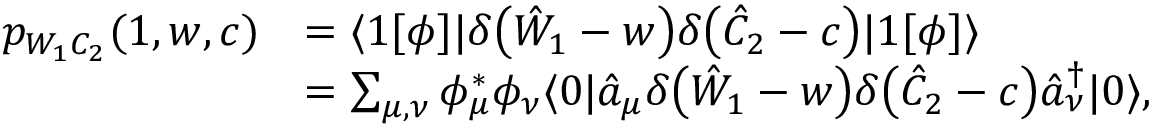
\begin{array} { r l } { p _ { W _ { 1 } C _ { 2 } } ( 1 , w , c ) } & { = \langle 1 [ \phi ] | \delta \bigl ( \hat { W } _ { 1 } - w \bigr ) \delta \bigl ( \hat { C } _ { 2 } - c \bigr ) | 1 [ \phi ] \rangle } \\ & { = \sum _ { \mu , \nu } \phi _ { \mu } ^ { * } \phi _ { \nu } \langle 0 | \hat { a } _ { \mu } \delta \bigl ( \hat { W } _ { 1 } - w \bigr ) \delta \bigl ( \hat { C } _ { 2 } - c \bigr ) \hat { a } _ { \nu } ^ { \dagger } | 0 \rangle , } \end{array}